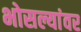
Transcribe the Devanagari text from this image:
भोसल्यांवर